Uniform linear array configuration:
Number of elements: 4
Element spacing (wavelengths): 0.75
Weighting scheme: blackman
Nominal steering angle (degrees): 30
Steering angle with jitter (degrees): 31.209
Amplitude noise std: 0.05
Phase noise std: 0.05

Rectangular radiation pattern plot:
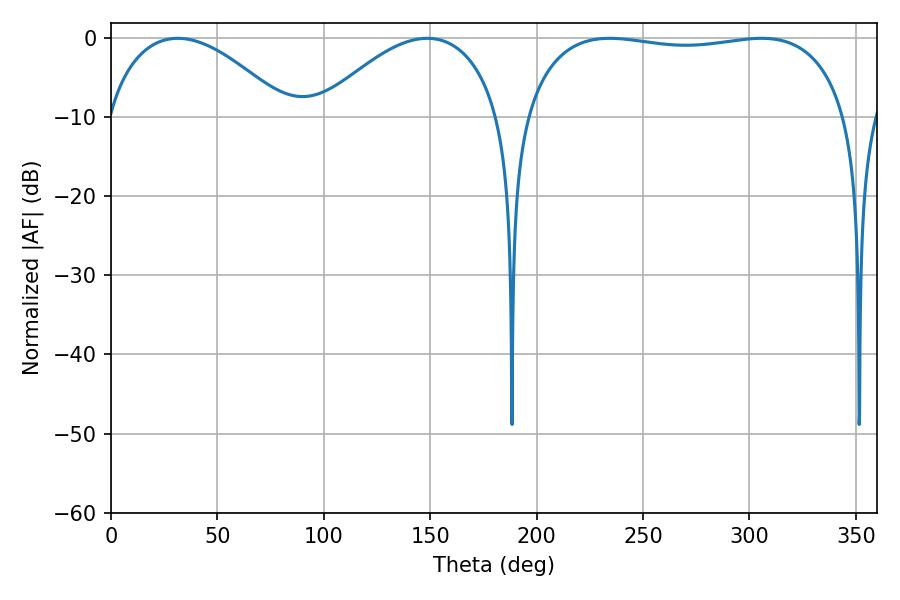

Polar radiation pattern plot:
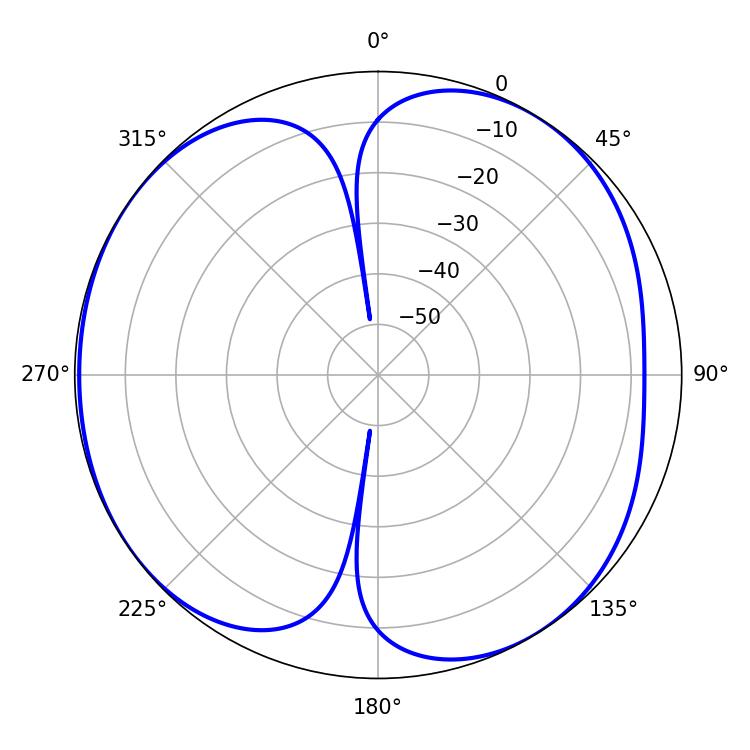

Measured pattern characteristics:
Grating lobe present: TRUE
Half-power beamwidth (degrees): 122.4
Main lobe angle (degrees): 234.36